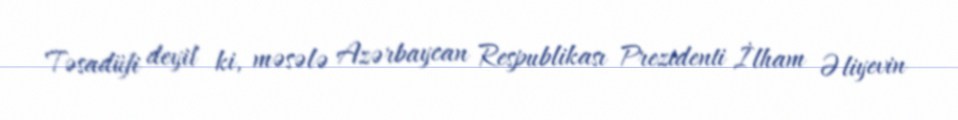
Təsadüfi deyil ki, məsələ Azərbaycan Respublikası Prezidenti İlham Əliyevin